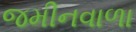
જમીનવાળા